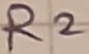
Text: R2